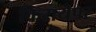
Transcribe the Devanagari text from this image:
किरायेपर